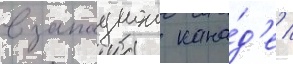
в западнои кана́д'е /